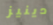
دينيز